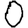
Digit: 0